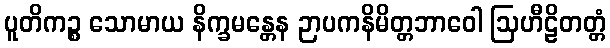
ပူတိကဉ္စ သောမာယ နိက္ခမန္တေန ဉာပကနိမိတ္တဘာဝေါ ဩဟီဠိတတ္တံ